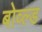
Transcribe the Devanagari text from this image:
बोव्ल्ड